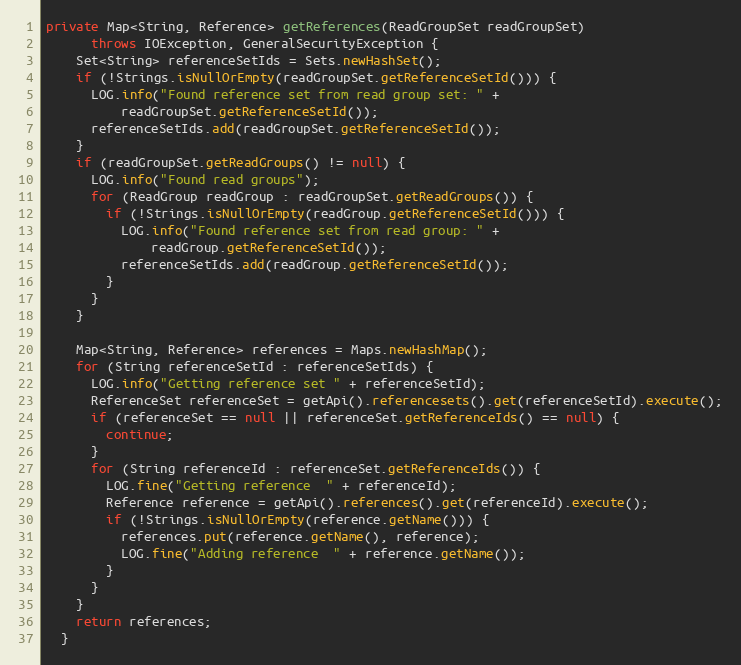
Language: Java
private Map<String, Reference> getReferences(ReadGroupSet readGroupSet)
      throws IOException, GeneralSecurityException {
    Set<String> referenceSetIds = Sets.newHashSet();
    if (!Strings.isNullOrEmpty(readGroupSet.getReferenceSetId())) {
      LOG.info("Found reference set from read group set: " +
          readGroupSet.getReferenceSetId());
      referenceSetIds.add(readGroupSet.getReferenceSetId());
    }
    if (readGroupSet.getReadGroups() != null) {
      LOG.info("Found read groups");
      for (ReadGroup readGroup : readGroupSet.getReadGroups()) {
        if (!Strings.isNullOrEmpty(readGroup.getReferenceSetId())) {
          LOG.info("Found reference set from read group: " +
              readGroup.getReferenceSetId());
          referenceSetIds.add(readGroup.getReferenceSetId());
        }
      }
    }

    Map<String, Reference> references = Maps.newHashMap();
    for (String referenceSetId : referenceSetIds) {
      LOG.info("Getting reference set " + referenceSetId);
      ReferenceSet referenceSet = getApi().referencesets().get(referenceSetId).execute();
      if (referenceSet == null || referenceSet.getReferenceIds() == null) {
        continue;
      }
      for (String referenceId : referenceSet.getReferenceIds()) {
        LOG.fine("Getting reference  " + referenceId);
        Reference reference = getApi().references().get(referenceId).execute();
        if (!Strings.isNullOrEmpty(reference.getName())) {
          references.put(reference.getName(), reference);
          LOG.fine("Adding reference  " + reference.getName());
        }
      }
    }
    return references;
  }